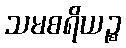
သမစရိယဉ္စ